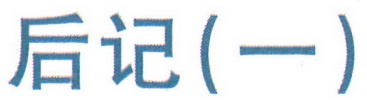
后记(一)